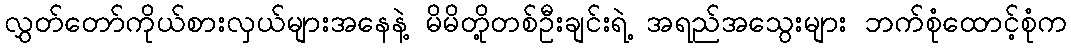
လွှတ်တော်ကိုယ်စားလှယ်များအနေနဲ့ မိမိတို့တစ်ဦးချင်းရဲ့ အရည်အသွေးများ ဘက်စုံထောင့်စုံက